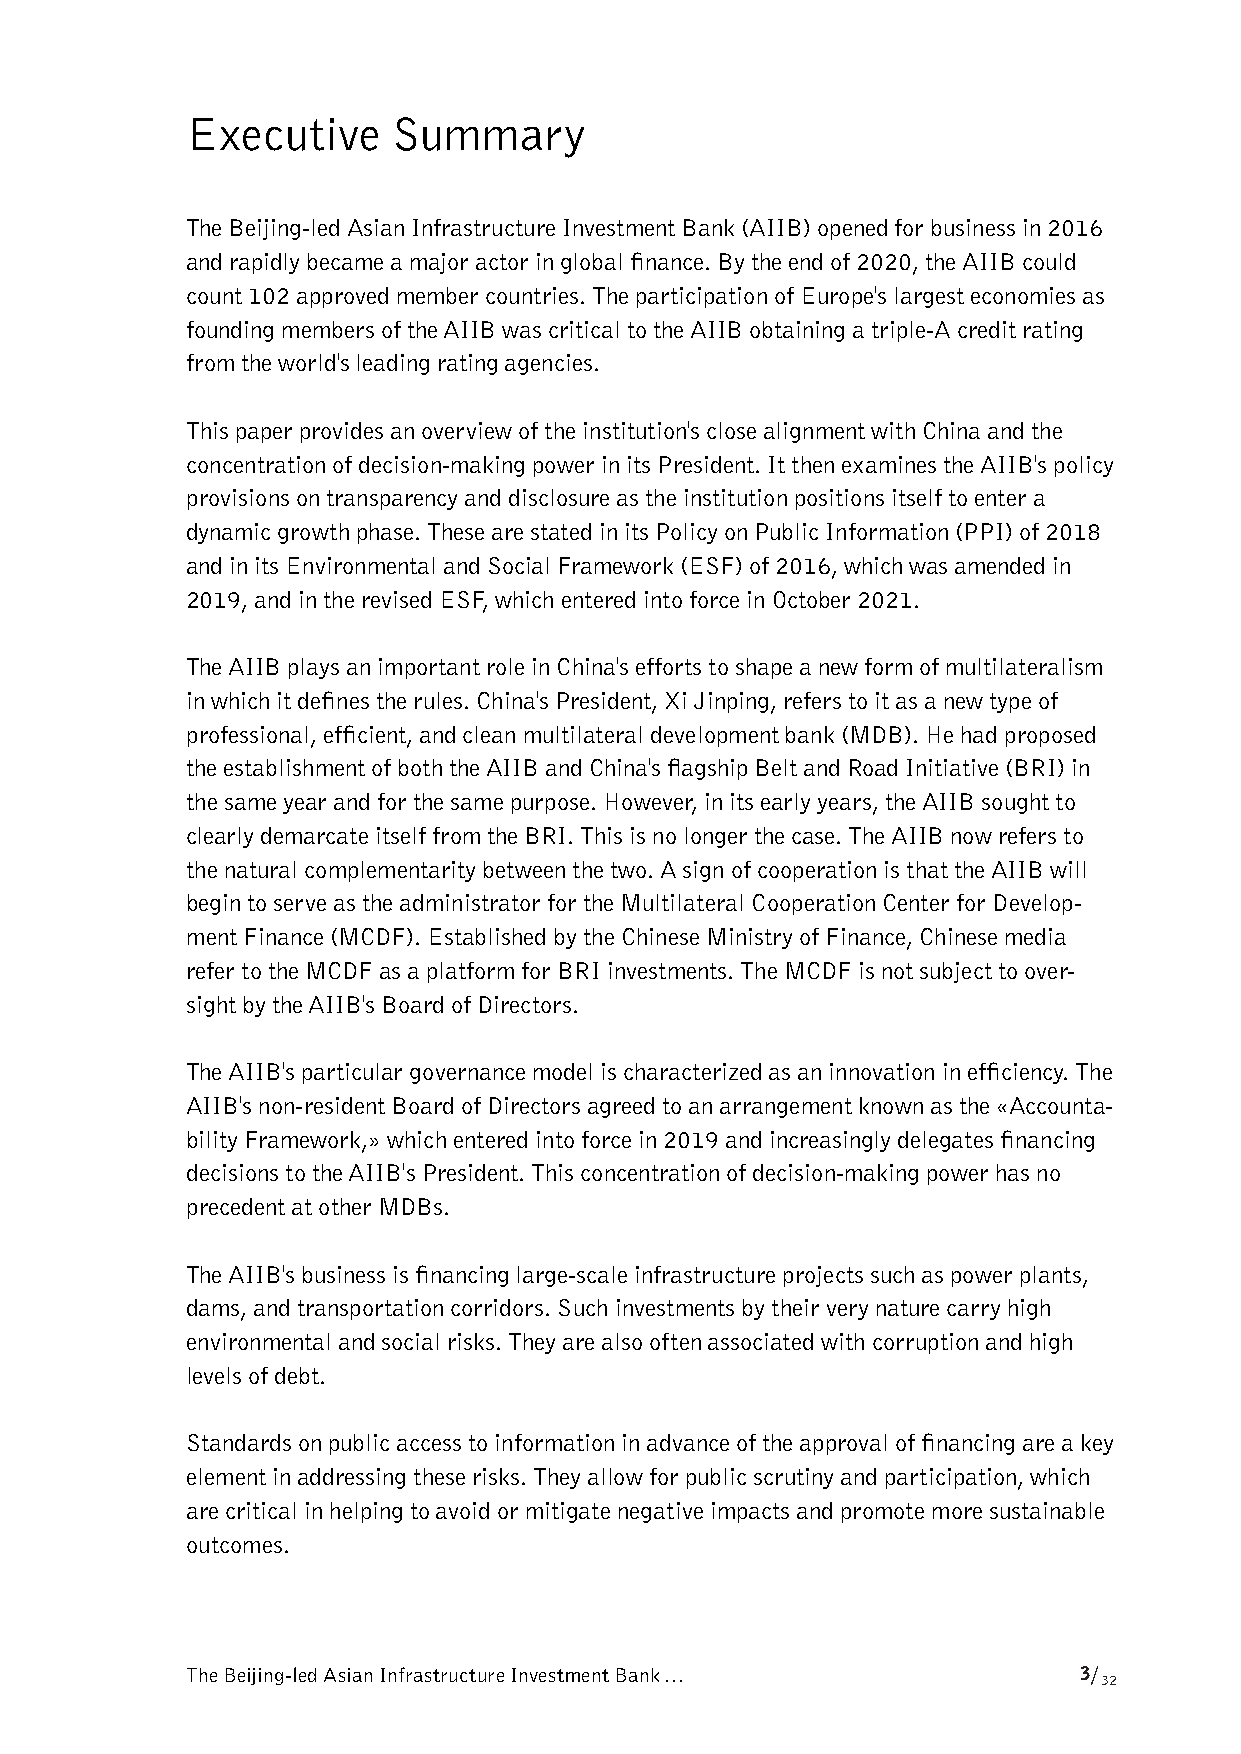
Executive     Summary
 The Beijing-led Asian Infrastructure Investment Bank (AIIB) opened for business in 2016
 and rapidly became a major actor in global finance. By the end of 2020, the AIIB could
 count 102 approved member countries. The participation of Europe's largest economies as
 founding members of the AIIB was critical to the AIIB obtaining a triple-A credit rating
 from the world's leading rating agencies.
 This paper provides an overview of the institution's close alignment with China and the
 concentration of decision-making power in its President. It then examines the AIIB's policy
 provisions on transparency and disclosure as the institution positions itself to enter a
 dynamic growth phase. These are stated in its Policy on Public Information (PPI) of 2018
 and in its Environmental and Social Framework (ESF) of 2016, which was amended in
 2019, and in the revised ESF, which entered into force in October 2021.
 The AIIB plays an important role in China's efforts to shape a new form of multilateralism
 in which it defines the rules. China's President, Xi Jinping, refers to it as a new type of
 professional, efficient, and clean multilateral development bank (MDB). He had proposed
 the establishment of both the AIIB and China's flagship Belt and Road Initiative (BRI) in
 the same year and for the same purpose. However, in its early years, the AIIB sought to
 clearly demarcate itself from the BRI. This is no longer the case. The AIIB now refers to
 the natural complementarity between the two. A sign of cooperation is that the AIIB will
 begin to serve as the administrator for the Multilateral Cooperation Center for Develop-
 ment Finance (MCDF). Established by the Chinese Ministry of Finance, Chinese media
 refer to the MCDF as a platform for BRI investments. The MCDF is not subject to over-
 sight by the AIIB's Board of Directors.
 The AIIB's particular governance model is characterized as an innovation in efficiency. The
 AIIB's non-resident Board of Directors agreed to an arrangement known as the «Accounta-
 bility Framework,» which entered into force in 2019 and increasingly delegates financing
 decisions to the AIIB's President. This concentration of decision-making power has no
 precedent at other MDBs.
 The AIIB's business is financing large-scale infrastructure projects such as power plants,
 dams, and transportation corridors. Such investments by their very nature carry high
 environmental and social risks. They are also often associated with corruption and high
 levels of debt.
 Standards on public access to information in advance of the approval of financing are a key
 element in addressing these risks. They allow for public scrutiny and participation, which
 are critical in helping to avoid or mitigate negative impacts and promote more sustainable
 outcomes.
 The Beijing-led Asian Infrastructure Investment Bank …     3/
 32